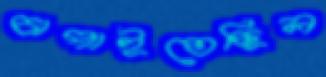
চাপাইতেছিল